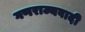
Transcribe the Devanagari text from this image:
गणराज्यवादी